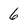
Character: 6